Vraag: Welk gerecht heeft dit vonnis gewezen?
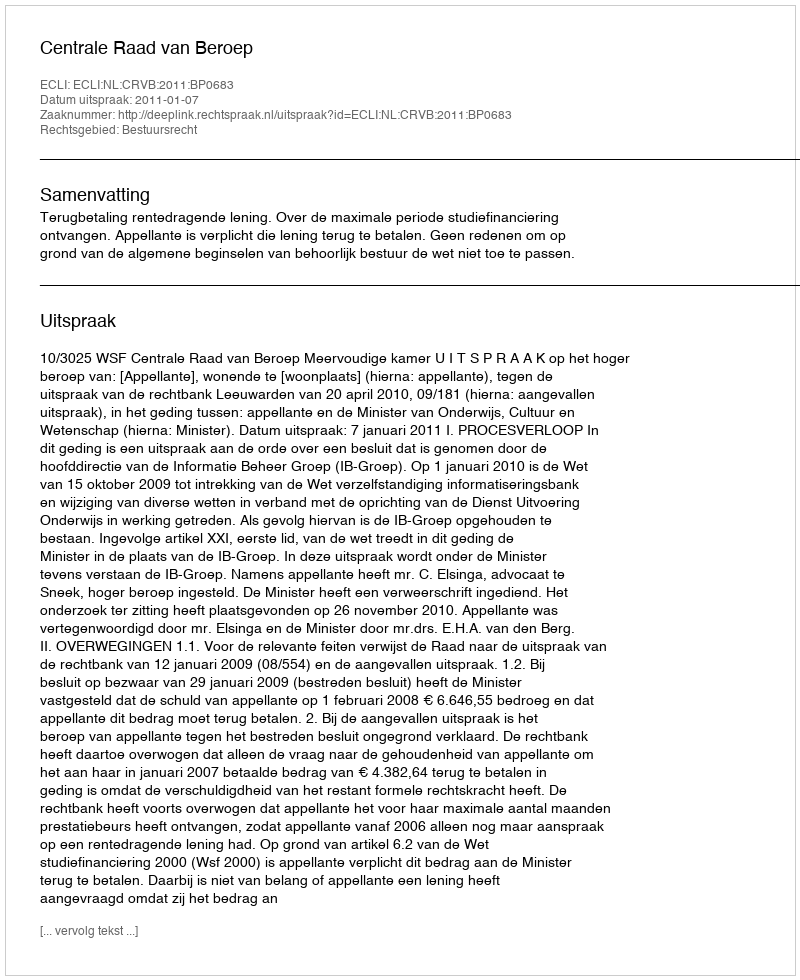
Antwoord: Centrale Raad van Beroep